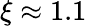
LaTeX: \xi\approx 1.1